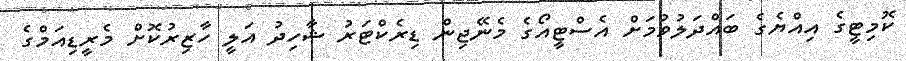
ކޮމިޓީގެ އިއްޔެގެ ބައްދަލުވުމަށް އެސްޓީއޯގެ މެނޭޖިން ޑިރެކްޓަރު ޝާހިދު އަލީ ހާޒިރުކޮށް މެރީޑިއަމްގެ